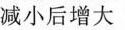
减小后增大